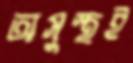
অসুস্থই